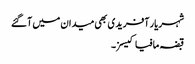
شہریار آفریدی بھی میدان میں آگئے
قبضہ مافیا کیسز۔